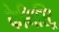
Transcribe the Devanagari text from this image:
केमिस्ट्रि